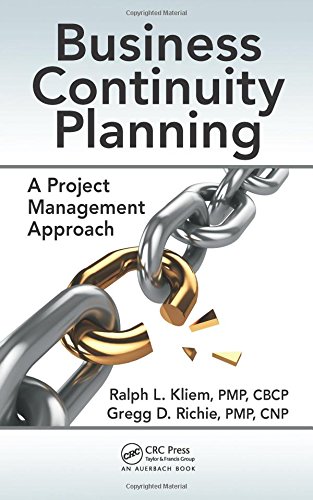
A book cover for Business Continuity Planning: A Project Management Approach; Ralph L. Kliem; Business & Money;